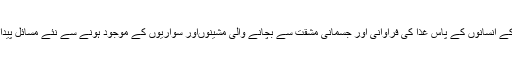
جدید دور کے انسانوں‌ کے پاس غذا کی فراوانی اور جسمانی مشقت سے بچانے والی مشینوں‌اور سواریوں کے موجود ہونے سے نئے مسائل پیدا ہوئے ہیں۔